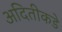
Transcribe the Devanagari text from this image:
अदितीकडे